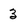
Character: 3